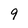
Character: 9